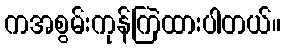
ကအစွမ်းကုန်ကြဲထားပါတယ်။